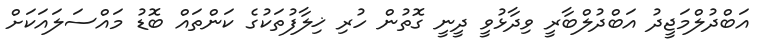
އަބްދުލްމަޖީދު އަބްދުލްބާރީ ވިދާޅުވީ ދީނީ ގޮތުން ހުރި ޚިލާފުތަކުގެ ކަންތައް ބޮޑު މައްސަލައަކަށް